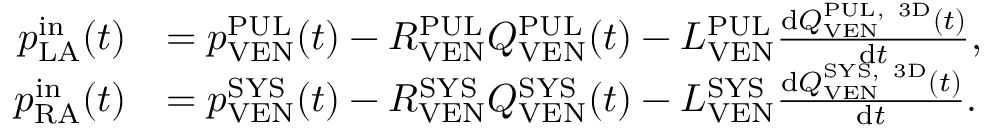
\begin{array} { r l } { p _ { \mathrm { L A } } ^ { \mathrm { i n } } ( t ) } & { = p _ { \mathrm { V E N } } ^ { \mathrm { P U L } } ( t ) - R _ { \mathrm { V E N } } ^ { \mathrm { P U L } } Q _ { \mathrm { V E N } } ^ { \mathrm { P U L } } ( t ) - L _ { \mathrm { V E N } } ^ { \mathrm { P U L } } \frac { \mathrm d Q _ { \mathrm { V E N } } ^ { \mathrm { P U L , ~ 3 D } } ( t ) } { \mathrm d t } , } \\ { p _ { \mathrm { R A } } ^ { \mathrm { i n } } ( t ) } & { = p _ { \mathrm { V E N } } ^ { \mathrm { S Y S } } ( t ) - R _ { \mathrm { V E N } } ^ { \mathrm { S Y S } } Q _ { \mathrm { V E N } } ^ { \mathrm { S Y S } } ( t ) - L _ { \mathrm { V E N } } ^ { \mathrm { S Y S } } \frac { \mathrm d Q _ { \mathrm { V E N } } ^ { \mathrm { S Y S , ~ 3 D } } ( t ) } { \mathrm d t } . } \end{array}